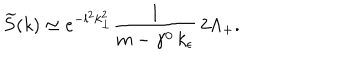
LaTeX: \widetilde { S } ( k ) \simeq e ^ { - l ^ { 2 } k _ { \perp } ^ { 2 } } \frac { 1 } { m - \gamma ^ { 0 } \, k _ { \epsilon } } \, 2 \Lambda _ { + } .